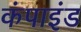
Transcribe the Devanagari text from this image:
कंपाइंड